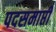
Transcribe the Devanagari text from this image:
पदसमाप्ती